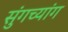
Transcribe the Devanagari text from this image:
सुंगच्यांग